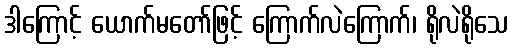
ဒါကြောင့် ယောက်မတော်ဖြင့် ကြောက်လဲကြောက်၊ ရိုလဲရိုသေ